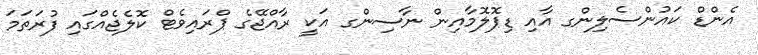
އެންޑް ކައުންސެލިންގ އާއި ޑިޕޮލޮމާއިން ނާސިންގ އަކީ ރާއްޖޭގެ ޕްރައިވެޓް ކޮލެޖެއްގައި ފުރަތަމަ